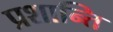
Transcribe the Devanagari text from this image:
प्रशान्ति